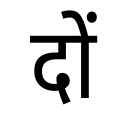
OCR:
दों